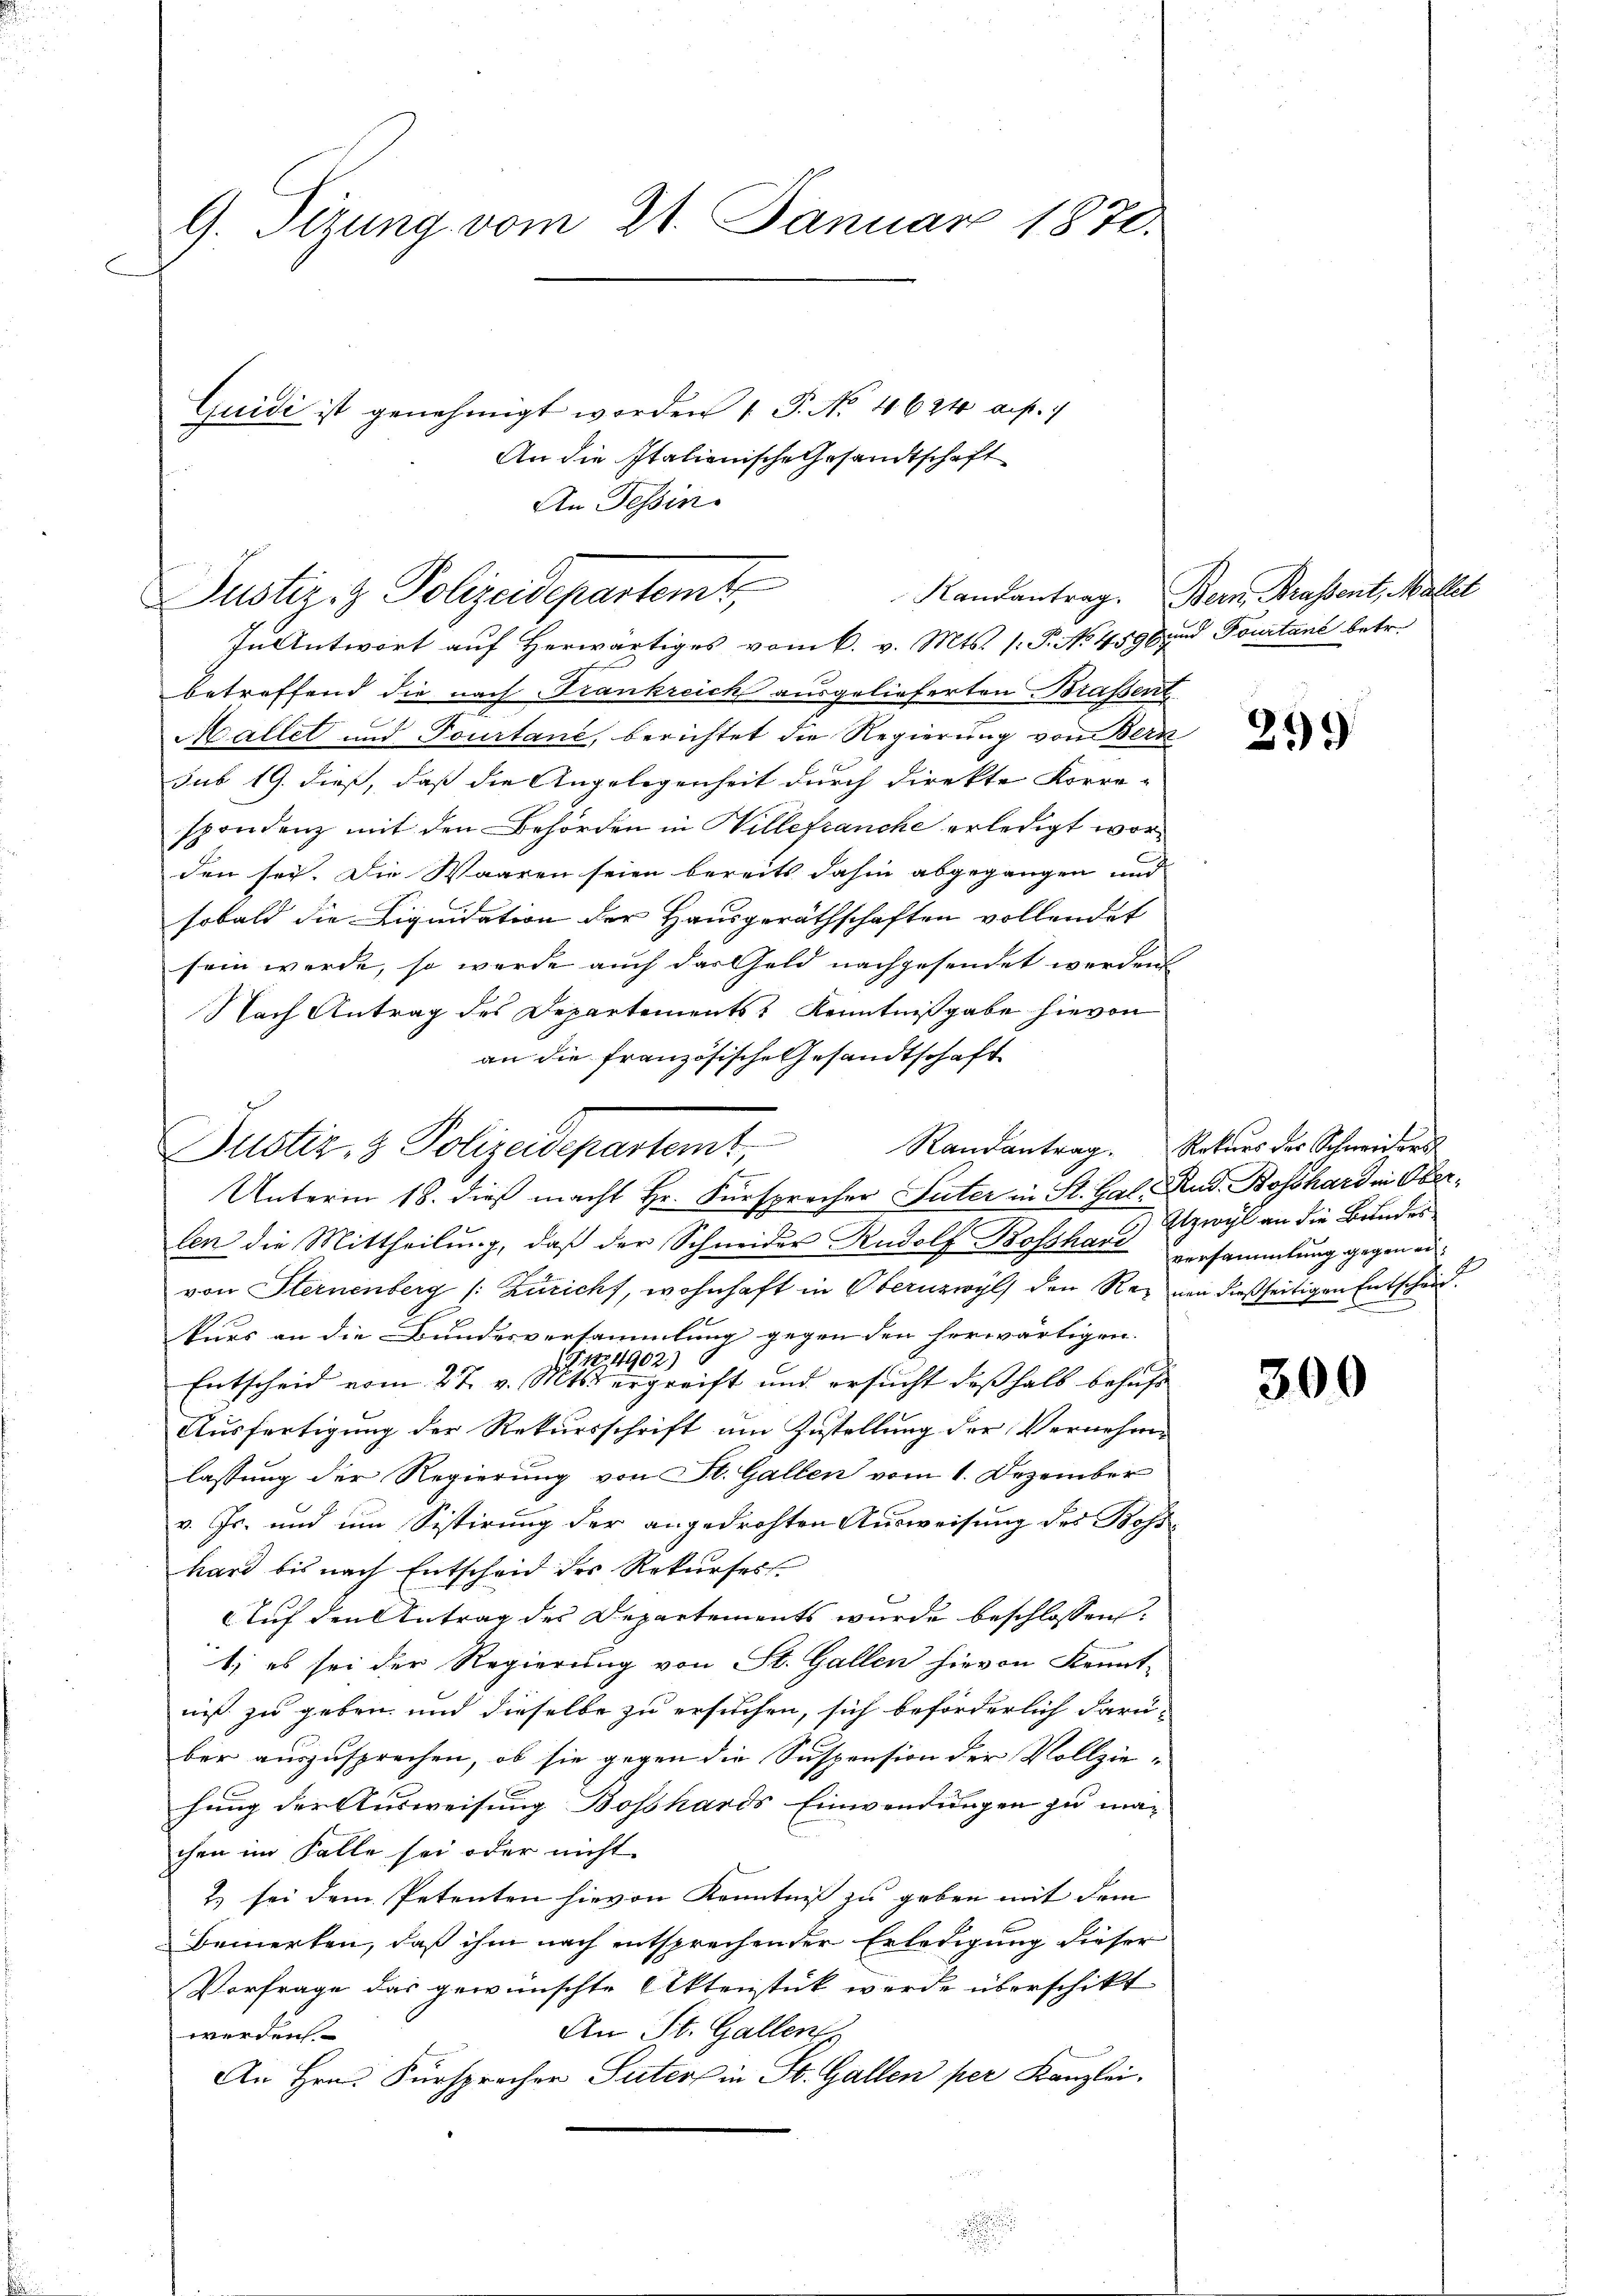
G. Sitzung vom 21. Januar 1870.

Quidi ist genehmigt worden 1 P. No. 4624 auf.
An die Italienische Gesandtschaft

Justiziz Polizeidepartemt,

Zŭ Antwort aŭf herwärtiges vom 6. v. Mts. 1. P. No. 4596 und Pourtane betr.
betreffend die nach Trankreich ausgelieferten Braßent
Mallet und Tourtane, berichtet die Regierung vom Bern
sub 19. dieß, daß die Angelegenheit durch direkte Korre-
spondenz mit den Behörden in Willefranche erledigt worden sei. Die Waaren seien bereits dahin abgegangen und
sobald die Liquidation der Hausgeräthschaften vollendet
sein werde, so werde auch das Geld nachgesendet werden
Nach Antrag des Departements Kenntnißgabe hievon
an die französische Gesandtschaft
Unterm 18. dieß macht Hr. Fürsprocher Suter in St. Gal Rud. Bosshard in Oberlen die Mittheilung, daß der Schneider Rudolf Bosshard versammlung gegen eivon Sternenberg (: Züricht, wohnhaft in Obernzwyl den Rez von dießseitigen Entscheid.
1
kurs an die Bundesversammlung gegen den herwärtigen.
Nro 4902)
Entscheid vom 27. v. Mts. ergreift und ersucht deßhalb behufs
Ausfertigung der Rekursschrift am Zustellung der Vernehme
lassung der Regierung von St. Gallen vom 1. Dezember
v. Js. und um Sistirung der angedrohten Ausweisung des Bosskard bis nach Entscheid des Rekurses
Auf den Antrag des Departements wurde beschlossen:
1; es sei der Regierung von St. Gallen hievon Kennt-
niß zu geben und dieselbe zu ersuchen, sich beförderlich darü-
ber auszusprechen, ob sie gegen die Suspension der Vollziehung der Ausweisung Boßhards Einwendungen zu machen im Falle sei oder nicht
2. sei dem Petenten hievon Kenntniß zu geben mit dem
bemerken, daß ihm nach entsprechender Erledigung dieser
Vorfrage das gewünschte Aktenstück werde überschikt
An St. Gallen
werden.
An Hrn. Fürsprecher Suter in St. Gallen per Kanzlei.
.

Justiz- & Polizeidepartem Randantrag. Rokŭrs des Schneiders

An Tessin.

Kandantrag. Bern, Brassent, Mallet

21)

300

Etzwyl an die Bundes.